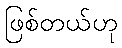
ဖြစ်တယ်ဟု